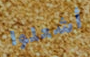
أشعلوا